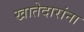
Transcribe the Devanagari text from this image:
खातेदारांना